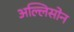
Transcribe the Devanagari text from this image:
अल्लिसोन